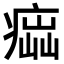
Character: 𤸢